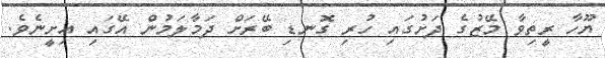
ޔޫހާ ރީތިވާ މޭޒުގެ ދަށުގައި ހުރި ގޮނޑި ބޭރަށް ދަމާލަމުން އޭގައި އިށީނެވެ.